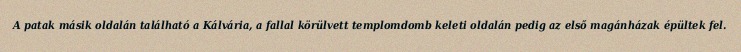
A patak másik oldalán található a Kálvária, a fallal körülvett templomdomb keleti oldalán pedig az első magánházak épültek fel.